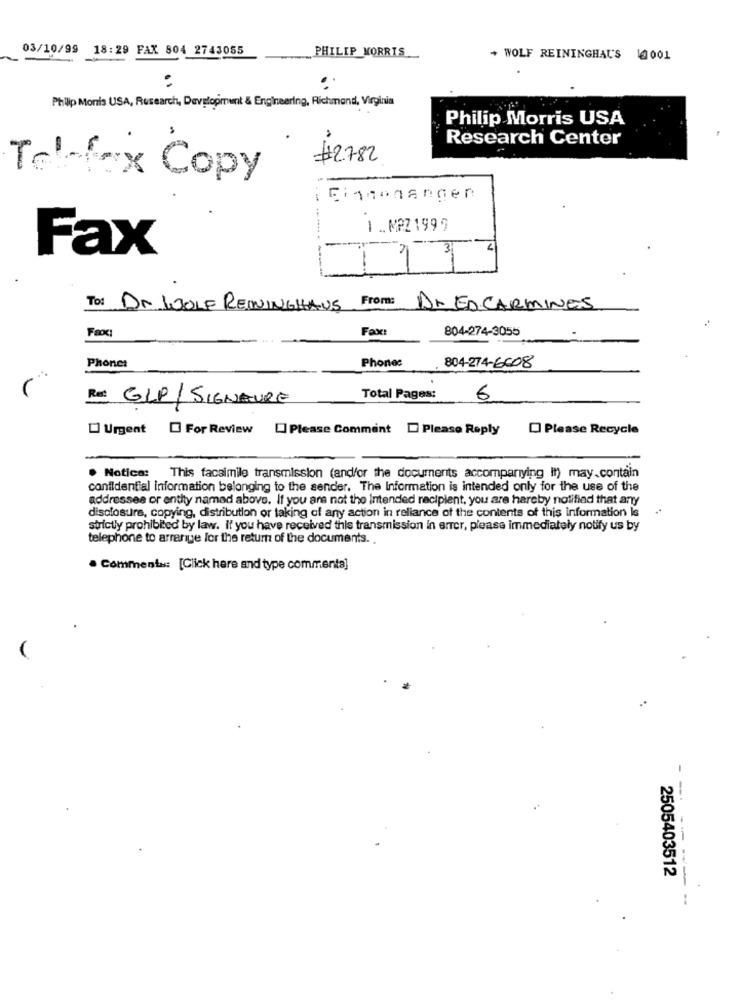
03/10/99 18:29 FAX 804 2743055
PHILIP MORRIS
+ WOLF REININGHAU'S 10001
Philip Morris USA, Rusearch, Development & Engineering, Richmond, Virginia
Philip Morris USA
Research Center
#2782
Tel-fax Copy
Eignenangen
1 .MAZ 199 9
Fax
4
1
To: Dr WOLF RENNINGHAUS From: Dr EDCARMINES
804-274-3055
Fax:
Phones
Phone:
804-274-6008
Re GLP/SIGNATURE
Total Pages:
6
Urgent For Review
Please Comment . Please Reply
Please Recycle
. Notice: This facsimile transmission (and/or the documents accompanying It) may.contain
confidential information belonging to the sender. The Information is intended only for the use of the
addresses or entity named above. If you are not the Intended recipient, you are hereby notified that any
disclosure, copying, distribution or taking of any action in reliance of the contents of this information is
strictly prohibited by law. If you have received this transmission in error, please immediately notify us by
telephone to arrange for the return of the documents. .
· Commenta: [Click here and type commenta]
2505403512
--------